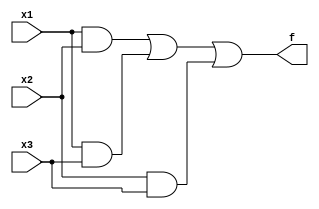
/*
Oscar Reyes-Sanchez
Majority Module
*/
module part0 (x1, x2, x3, f);
input x1, x2, x3;
output f;
assign f = (x1 & x2) | (x1 & x3) | (x2 & x3);
endmodule